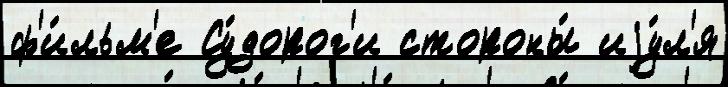
ф'и́льм'е Су́дорог'и стороны́ иjу́л'я